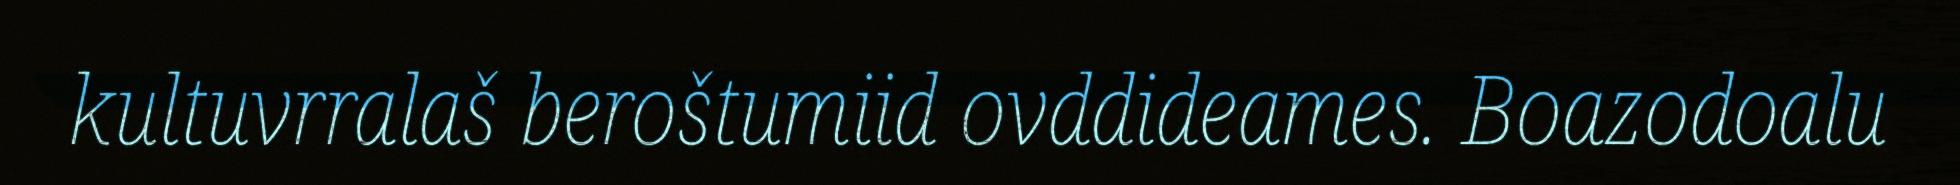
kultuvrralaš beroštumiid ovddideames. Boazodoalu